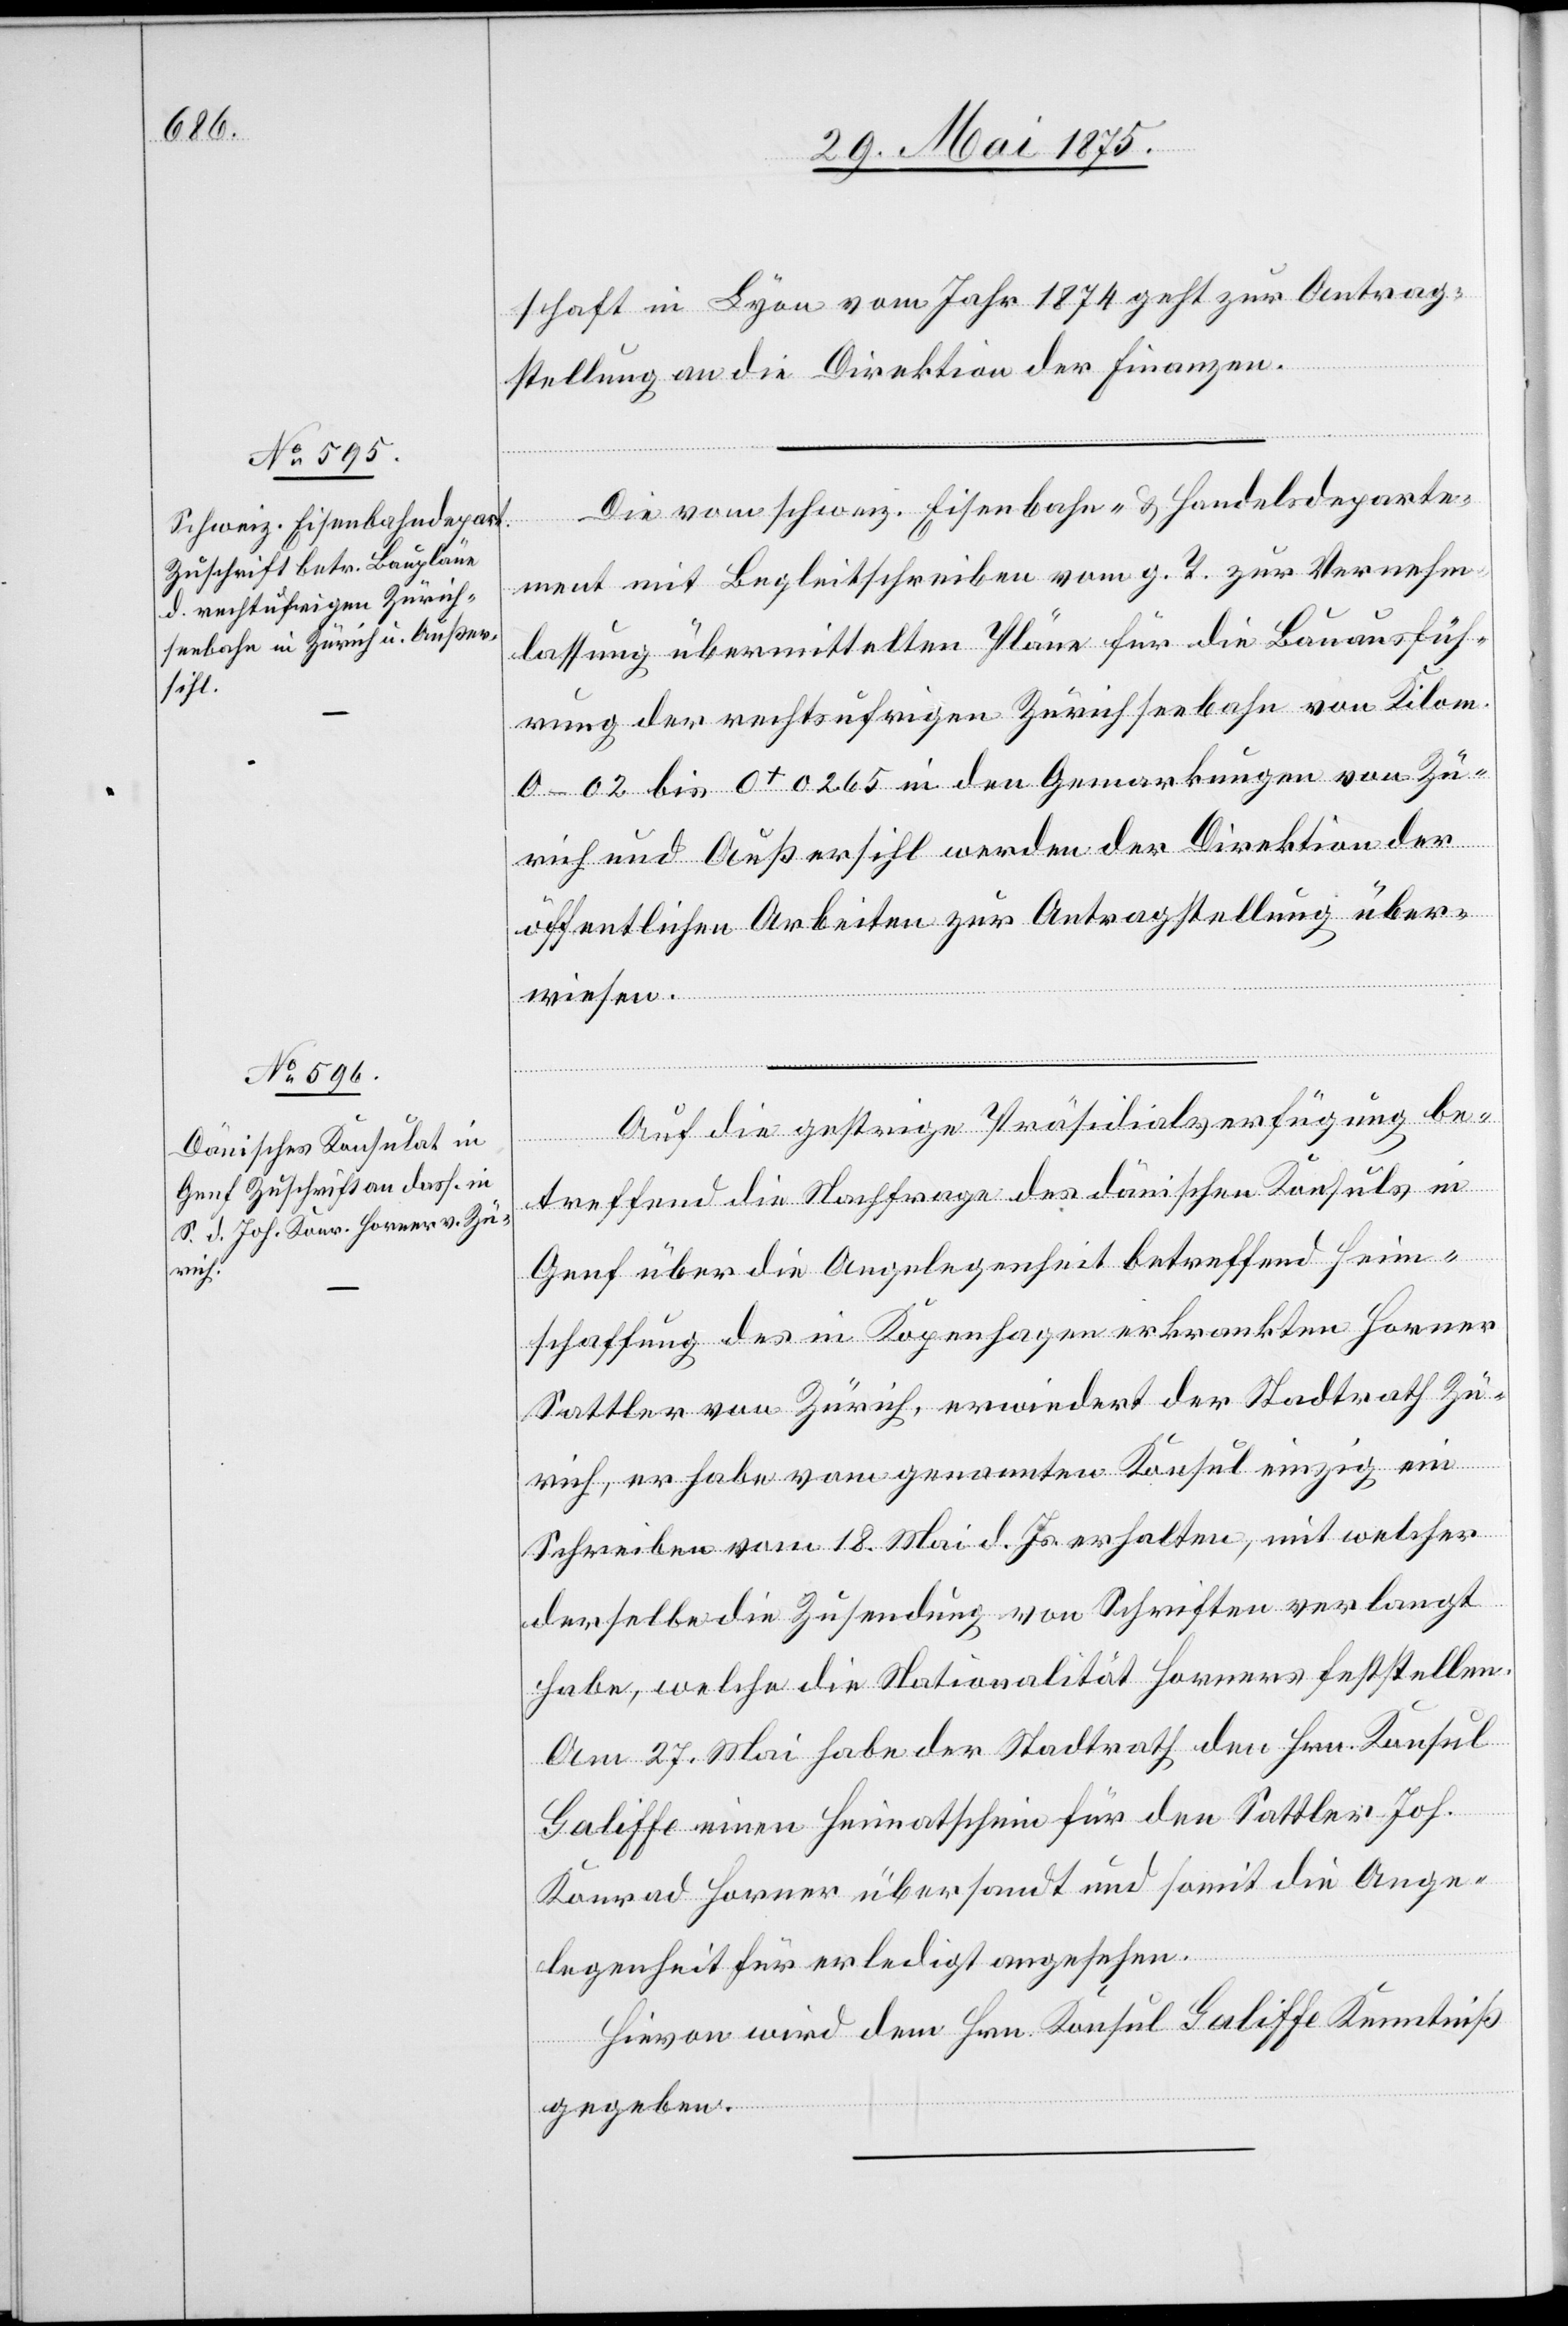
4. Juni 1875.]
schaft in Lyon vom Jahr 1874 geht zur Antrag¬
stellung an die Direktion der Finanzen.
Die vom schweiz. Eisenbahn- & Handelsdeparte¬
ment mit Begleitschreiben vom g. T. zur Vernehm¬
lassung übermittelten Pläne für die Bauausfüh¬
rung der rechtsufrigen Zürichseebahn von Kilom.
0–02 bis 0+0265 in den Gemarkungen von Zü¬
rich und Außersihl werden der Direktion der
öffentlichen Arbeiten zur Antragstellung über¬
wiesen.
Auf die gestrige Präsidialverfügung be¬
treffend die Nachfrage des dänischen Konsuls in
Genf über die Angelegenheit betreffend Heim¬
schaffung des in Kopenhagen erkrankten Horner[,]
Sattler von Zürich, erwiedert der Stadtrath Zü¬
rich, er habe vom genannten Konsul einzig ein
Schreiben vom 18. Mai d. Js. erhalten, mit welcher
derselbe die Zusendung von Schriften verlangt
habe, welche die Nationalität Horners feststellen.
Am 27. Mai habe der Stadtrath den [sic!] Hrn. Konsul
Galiffe einen Heimatschein für den Sattler Joh.
Konrad Horner übersandt und somit die Ange¬
legenheit für erledigt angesehen.
Hievon wird dem Hrn. Konsul Galiffe Kenntniß
gegeben.